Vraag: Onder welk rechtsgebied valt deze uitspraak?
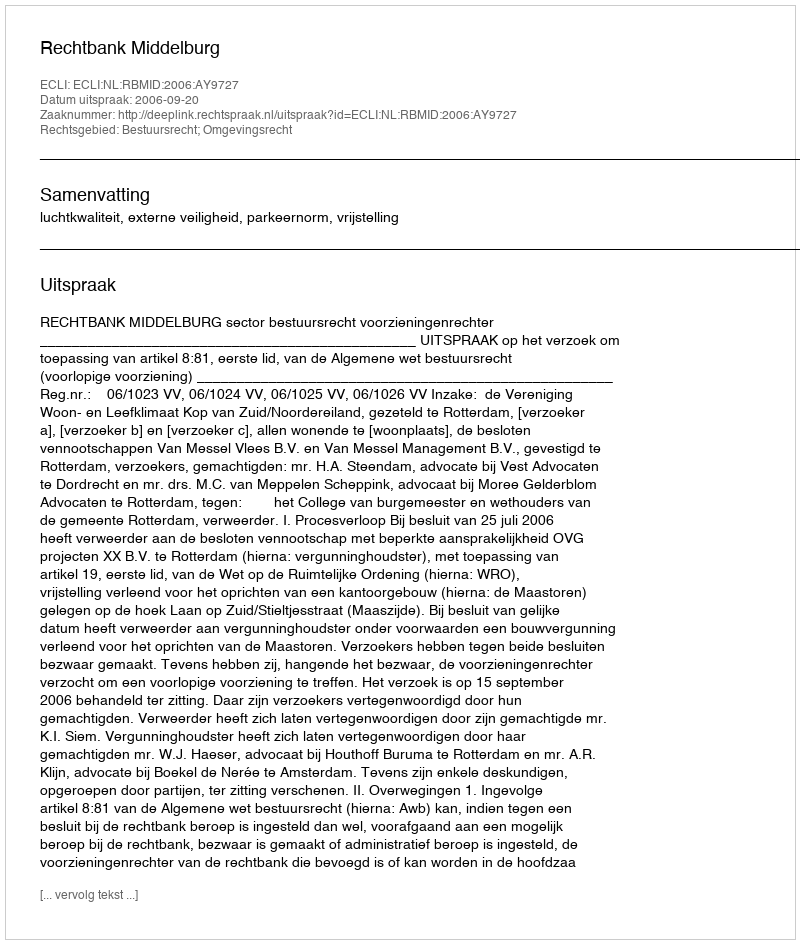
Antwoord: Bestuursrecht; Omgevingsrecht